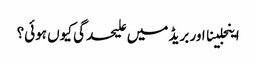
اینجلینا اور بریڈ میں علیحدگی کیوں ہوئی؟